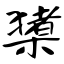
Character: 橥